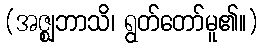
(အဇ္ဈဘာသိ၊ ရွတ်တော်မူ၏။)